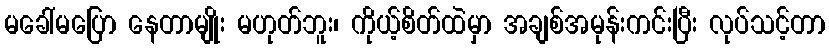
မခေါ်မပြော နေတာမျိုး မဟုတ်ဘူး၊ ကိုယ့်စိတ်ထဲမှာ အချစ်အမုန်းကင်းပြီး လုပ်သင့်တာ